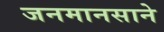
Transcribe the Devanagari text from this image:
जनमानसाने